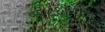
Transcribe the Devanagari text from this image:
१९८६ांधील